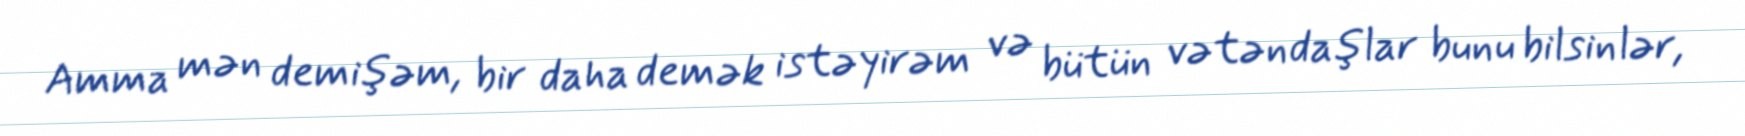
Amma mən demişəm, bir daha demək istəyirəm və bütün vətəndaşlar bunu bilsinlər,